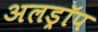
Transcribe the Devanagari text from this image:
अलड्रॉप